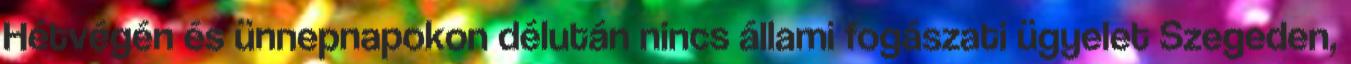
Hétvégén és ünnepnapokon délután nincs állami fogászati ügyelet Szegeden,